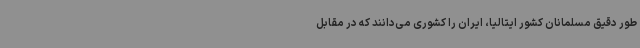
طور دقیق مسلمانان کشور ایتالیا، ایران را کشوری می‌دانند که در مقابل